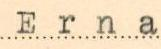
Erna